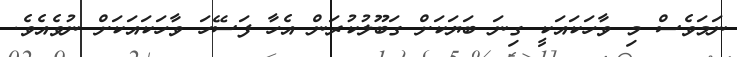
ނަމަވެސް މި ވާހަކައަކީ ގިނަ ބަޔަކަށް ގަބޫލުކުރަން އެހާ ފަސޭހަ ވާހަކައަކަށް ނުވެއެވެ.